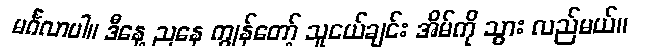
မင်္ဂလာပါ။ ဒီနေ့ ညနေ ကျွန်တော့် သူငယ်ချင်း အိမ်ကို သွား လည်မယ်။